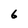
Character: 6